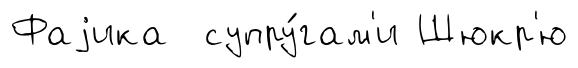
Фаjика супру́гам'и Шюкр'ю